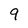
Character: 9